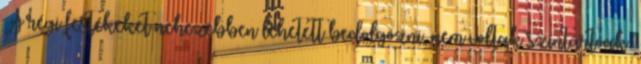
A régi festékeket nehezebben lehetett bedolgozni, nem voltak színtartóak.